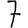
Digit: 7